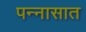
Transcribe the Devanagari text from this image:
पन्‍नासात